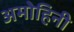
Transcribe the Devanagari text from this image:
अमोहिनी